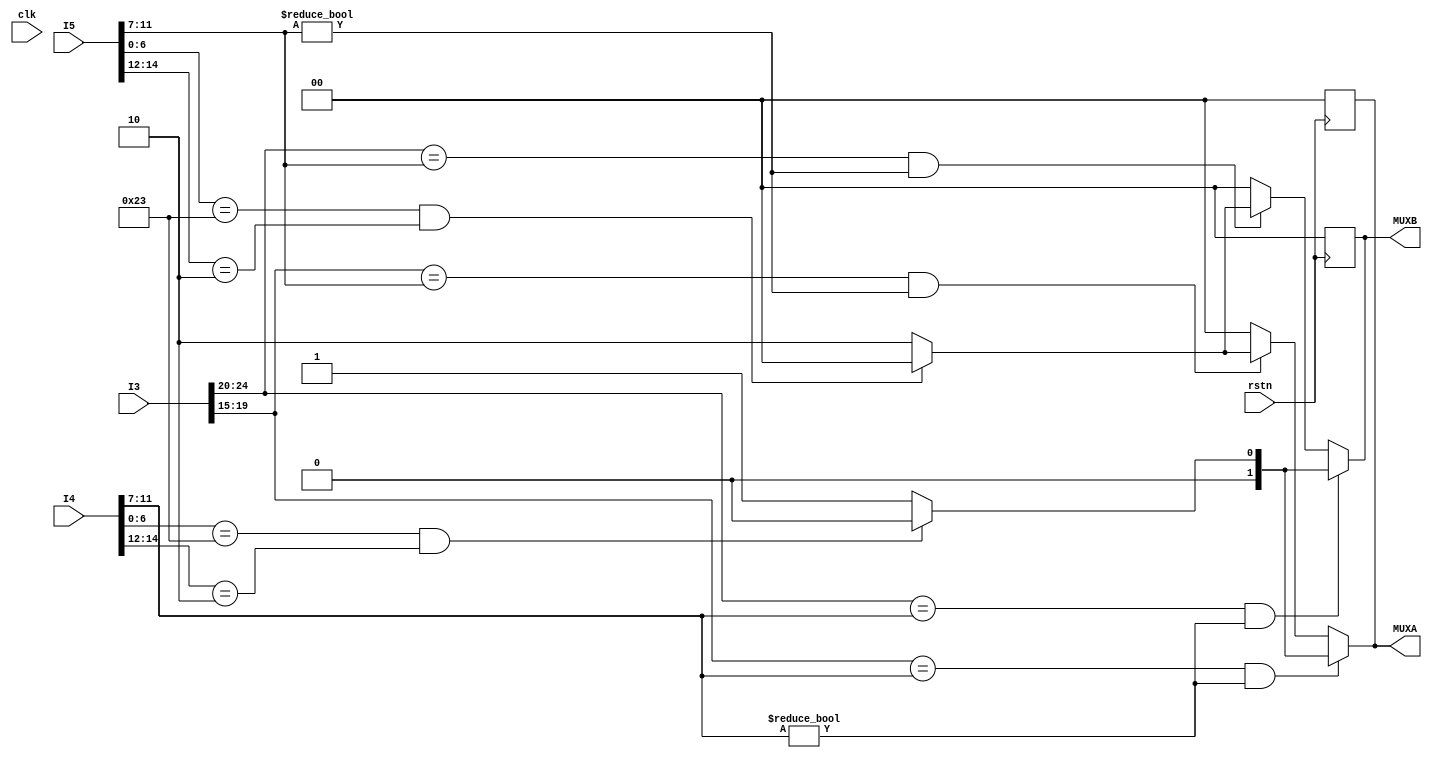
module UNIT (
    input  wire clk,
    input  wire rstn,
    // input wire [31:0] I2,
    input  wire [31:0] I3,
    input wire [31:0] I4,
    input  wire [31:0] I5,
    output reg [1:0]MUXA,
    output reg [1:0]MUXB
);

always @(posedge rstn) begin
    MUXA=0;
    MUXB=0;
end
always @(*) begin
    MUXA=0;
    MUXB=0;

    if((I3[24:20]==I5[11:7])&&I5[11:7]!=0)begin
        MUXB=2'b10;
        if (I5[6:0]==7'b0100011&&I5[14:12]==3'b010)begin
            MUXB=2'b0;
        end
    end
    if((I3[19:15]==I5[11:7])&&I5[11:7]!=0)begin
        MUXA=2'b10;
        if (I5[6:0]==7'b0100011&&I5[14:12]==3'b010)begin
            MUXA=2'b0;
        end
    end
    if((I3[24:20]==I4[11:7])&&I4[11:7]!=0)begin
        MUXB=2'b01;
        if (I4[6:0]==7'b0100011&&I4[14:12]==3'b010)begin
            MUXB=2'b0;
        end
    end
    if((I3[19:15]==I4[11:7])&&I4[11:7]!=0)begin
        MUXA=2'b01;

	    if (I4[6:0]==7'b0100011&&I4[14:12]==3'b010)begin
            MUXA=2'b0;
        end
    end
end
endmodule